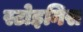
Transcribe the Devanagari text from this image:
स्टोइनिस